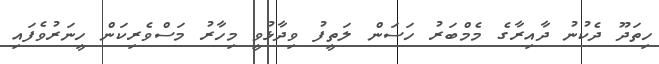
ހިތަދޫ ދެކުނު ދާއިރާގެ މެމްބަރު ހަސަން ލަތީފު ވިދާޅުވީ މިހާރު މަސްވެރިކަން ހީނަރުވެފައި